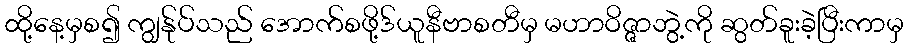
ထို့နေ့မှစ၍ ကျွန်ုပ်သည် အောက်စဖို့ဒ်ယူနီဗာစတီမှ မဟာဝိဇ္ဇာဘွဲ့ကို ဆွတ်ခူးခဲ့ပြီးကာမှ